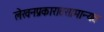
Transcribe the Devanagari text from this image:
लेखनप्रकारातसामान्यत